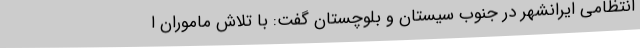
انتظامی ایرانشهر در جنوب سیستان و بلوچستان گفت: با تلاش ماموران ا